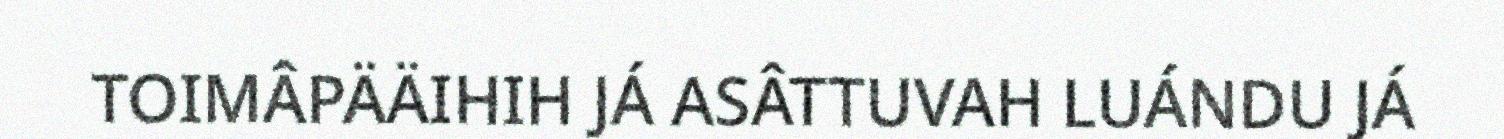
TOIMÂPÄÄIHIH JÁ ASÂTTUVAH LUÁNDU JÁ